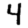
Digit: 4